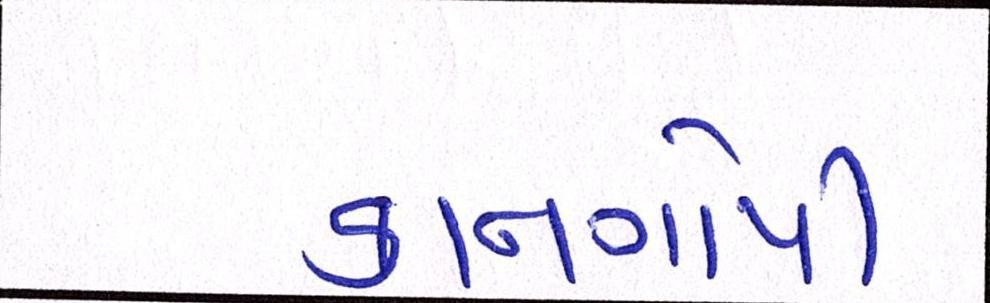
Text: કાનગોપી